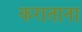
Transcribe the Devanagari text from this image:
कराताना